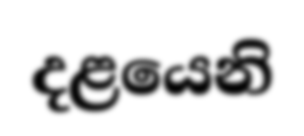
දළයෙනි